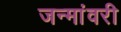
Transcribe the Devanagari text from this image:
जन्मांवरी